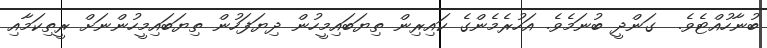
ބުނާހުއްޓެވެ.  ގަންދީ ބުނަމެވެ. އަހުރެމެންގެ ކައިރިން ތިޔަބައިމީހުން ދިޔަފަހުން ތިޔަބައިމީހުންނަށް ރީތިކަމާއި